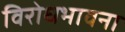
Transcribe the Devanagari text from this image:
विरोधभावना